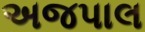
અજપાલ